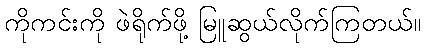
ကိုကင်းကို ဖဲရိုက်ဖို့ မြူဆွယ်လိုက်ကြတယ်။